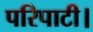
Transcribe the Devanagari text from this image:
परिपाटी।